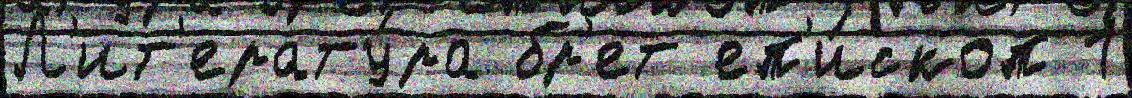
Л'ит'ерату́ра бр'ет еп'и́скоп 1